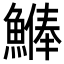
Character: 𩺨